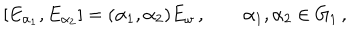
LaTeX: [ E _ { \alpha _ { 1 } } , E _ { \alpha _ { 2 } } ] = ( \alpha _ { 1 } , \alpha _ { 2 } ) E _ { \omega } \, , \qquad \alpha _ { 1 } , \alpha _ { 2 } \in G _ { 1 } \, ,